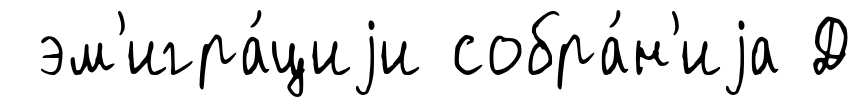
эм'игра́циjи собра́н'иjа Д